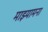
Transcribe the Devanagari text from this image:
माझ्यामना